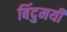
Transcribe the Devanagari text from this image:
बिंदुमयी